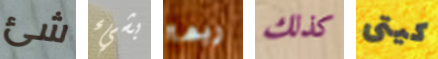
شئ بشيء ربما كذلك كيتى